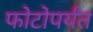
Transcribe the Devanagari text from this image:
फोटोपर्यंत